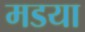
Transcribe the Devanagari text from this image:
मडया